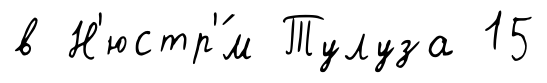
в Н'юстр'́м Тулуза 15